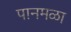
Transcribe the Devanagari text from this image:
पानमळा